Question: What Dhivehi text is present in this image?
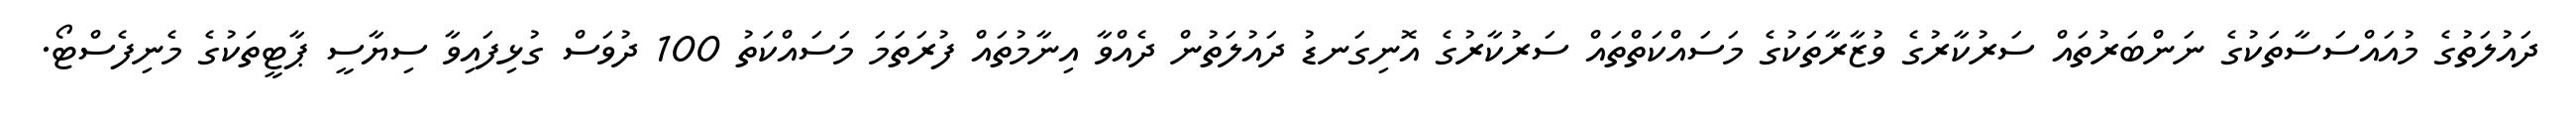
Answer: ދައުލަތުގެ މުއައްސަސާތަކުގެ ނަންބަރުތައް ސަރުކާރުގެ ވުޒާރާތަކުގެ މަސައްކަތްތައް ސަރުކާރުގެ އޮނިގަނޑު ދައުލަތުން ދެއްވާ އިނާމުތައް ފުރަތަމަ މަސައްކަތު 100 ދުވަސް ގުޅިފައިވާ ސިޔާސީ ޕާޓީތަކުގެ މެނިފެސްޓޯ.